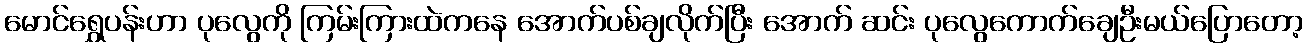
မောင်ရွှေပန်းဟာ ပုလွေကို ကြမ်းကြားထဲကနေ အောက်ပစ်ချလိုက်ပြီး အောက် ဆင်း ပုလွေကောက်ချေဦးမယ်ပြောတော့